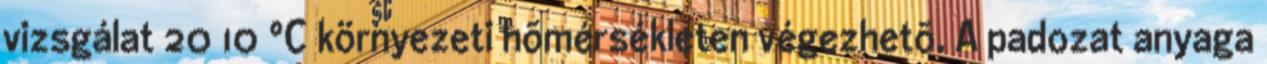
vizsgálat 2010 °C környezeti hõmérsékleten végezhetõ. A padozat anyaga